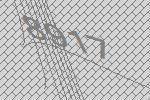
8917